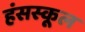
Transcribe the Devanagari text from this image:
हंसस्कूल